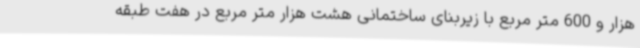
هزار و 600 متر مربع با زیربنای ساختمانی هشت هزار متر مربع در هفت طبقه